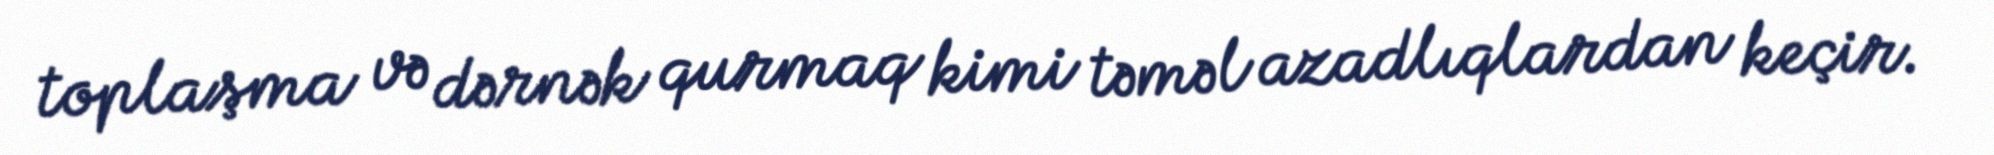
toplaşma və dərnək qurmaq kimi təməl azadlıqlardan keçir.